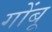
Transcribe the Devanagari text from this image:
गोंबू